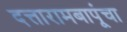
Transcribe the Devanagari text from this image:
दत्तारामबापूंचा